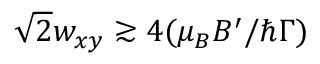
\sqrt { 2 } w _ { x y } \gtrsim 4 ( \mu _ { B } B ^ { \prime } / \hbar \Gamma )